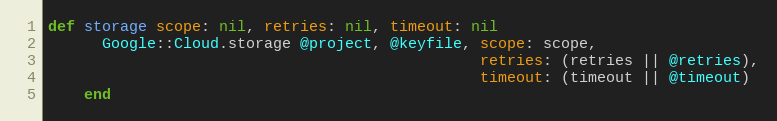
Language: Ruby
def storage scope: nil, retries: nil, timeout: nil
      Google::Cloud.storage @project, @keyfile, scope: scope,
                                                retries: (retries || @retries),
                                                timeout: (timeout || @timeout)
    end